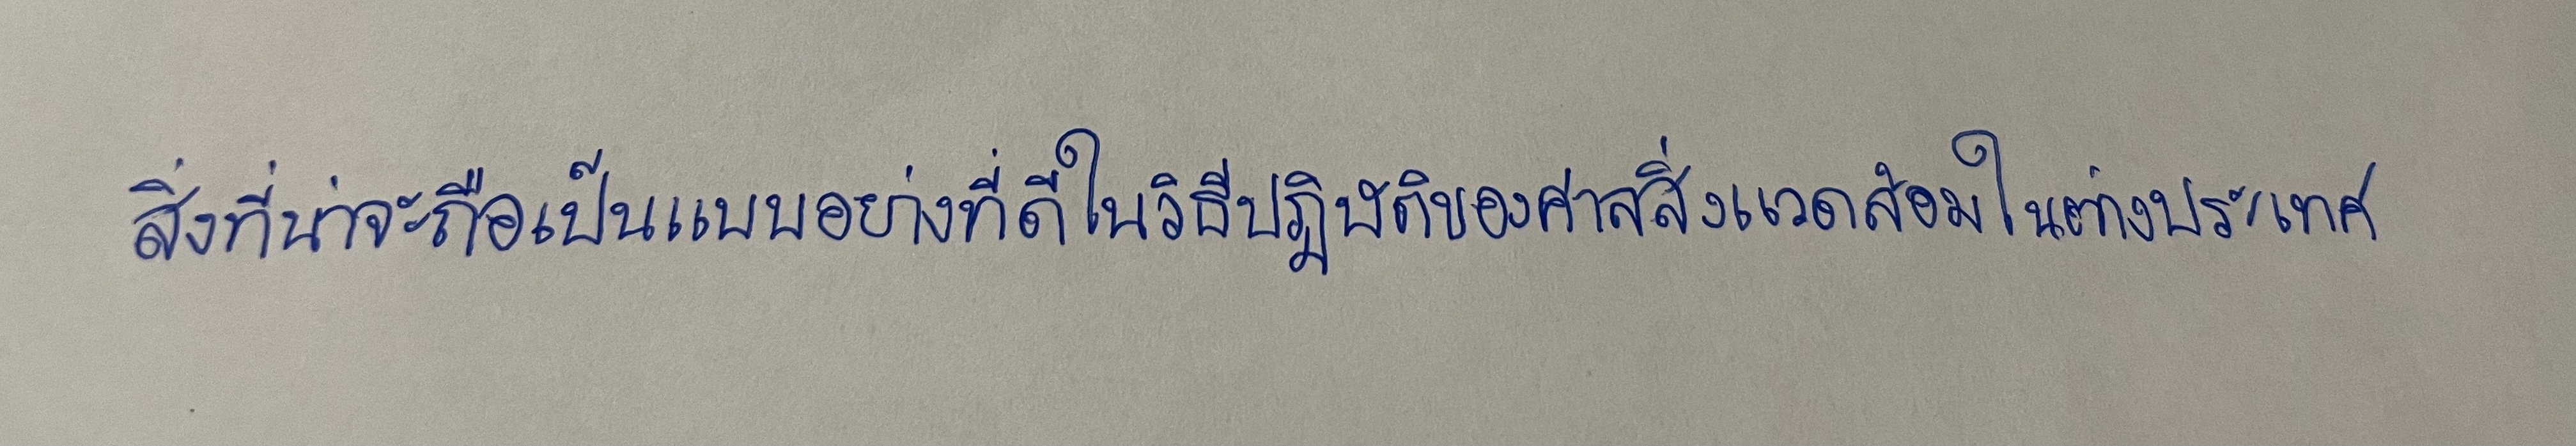
สิ่งที่น่าจะถือเป็นแบบอย่างที่ดีในวิธีปฏิบัติของศาลสิ่งแวดล้อมในต่างประเทศ